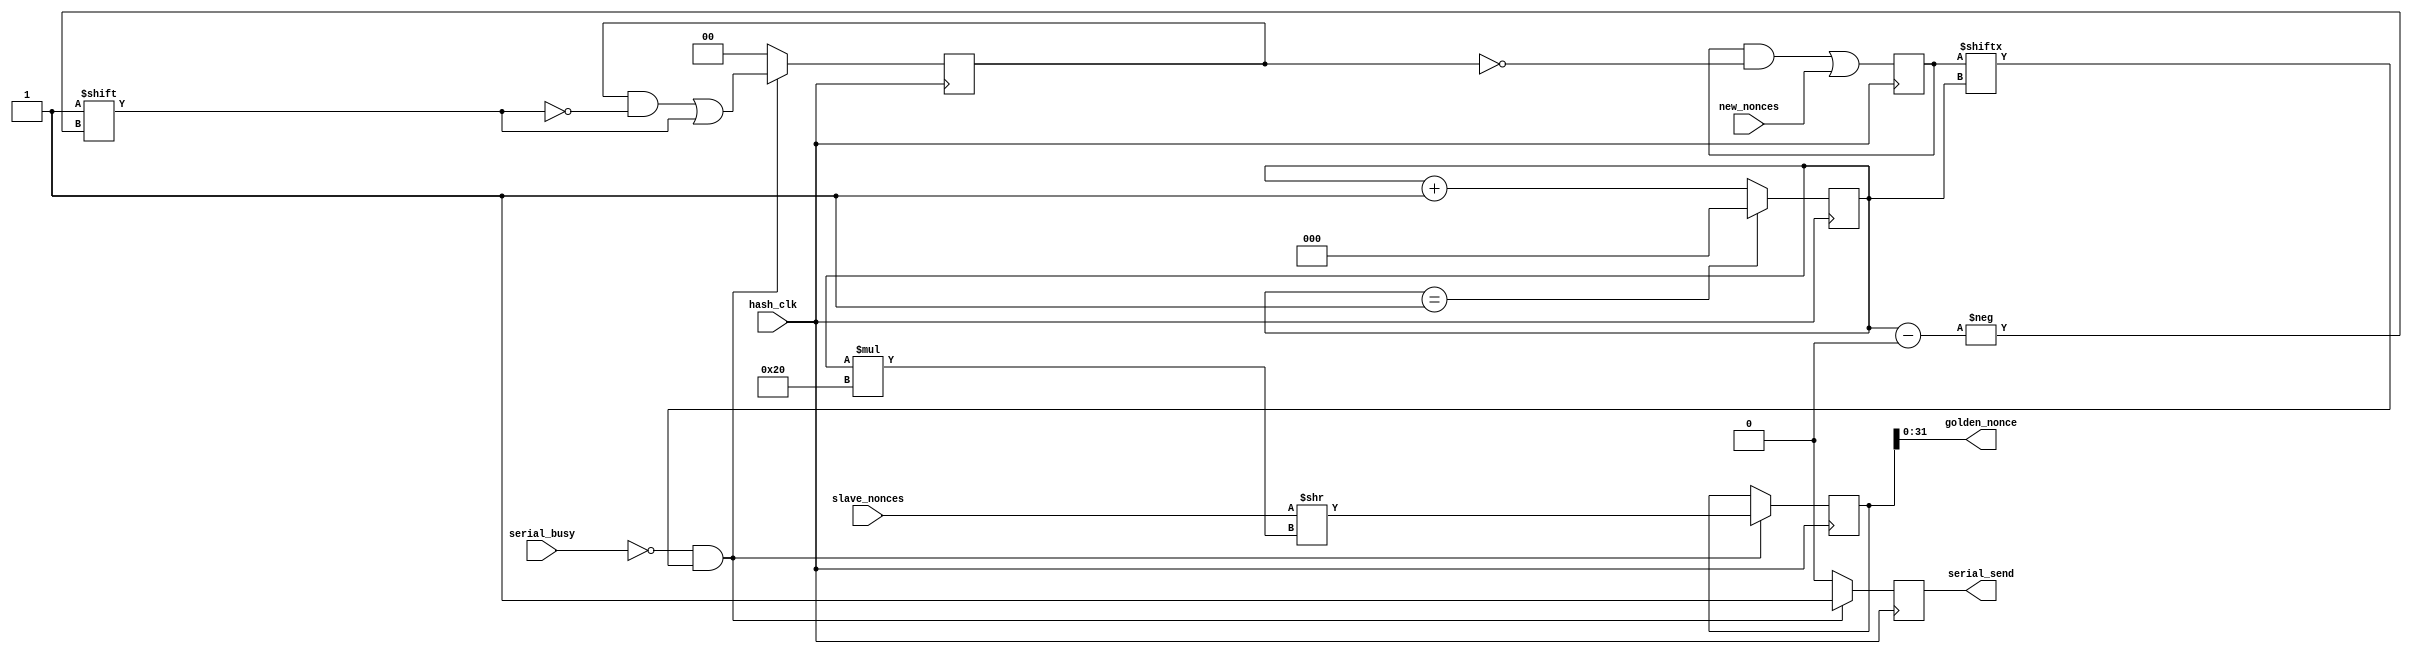
module hub_core (hash_clk, new_nonces, golden_nonce, serial_send, serial_busy, slave_nonces);
   parameter SLAVES = 2;

   input hash_clk;
   
   input [SLAVES-1:0] new_nonces;
   input [SLAVES*32-1:0] slave_nonces;
   output [31:0] 	 golden_nonce;
   output 		 serial_send;
   input 		 serial_busy;

   reg 			 serial_send_reg;
   assign serial_send = serial_send_reg;
  
   // Remember all nonces, even when they come too close together, and
   // send them whenever the uplink is ready
   reg [SLAVES-1:0] 	new_nonces_flag = 0;
   
   // Replace the tedious if-else chain for input ports with a
   // continuously running selector. This may seem slow/inefficient
   // for a large hub, but it is still insanely faster than the serial
   // port we are driving. Also, due to simplicity, it should be more
   // robust for big hubs with fast clocks.
   reg [$clog2(SLAVES)+1:0] port_counter = 0;
   reg [SLAVES*32-1:0] 	    slave_nonces_shifted;
   assign golden_nonce = slave_nonces_shifted[31:0];

   // When sending, mark nonces to be cleared during next clock cycle
   reg [SLAVES-1:0] 	    clear_nonces;
   
   always @(posedge hash_clk)
     begin
	// Raise flags when new nonces appear; lower those that have
	// been sent
	new_nonces_flag <= (new_nonces_flag & ~clear_nonces) | new_nonces;

	if (port_counter == SLAVES-1)
	  port_counter <= 0;
	else
	  port_counter <= port_counter + 1;
	
	// Send results one at a time, mark to be cleared
	if (!serial_busy && new_nonces_flag[port_counter])
	  begin
	     slave_nonces_shifted <= slave_nonces >> port_counter*32;
	     serial_send_reg <= 1;
	     clear_nonces[port_counter] <= 1;
	  end
	else 
	  begin
	     serial_send_reg <= 0;
	     clear_nonces <= 0;
	  end
     end

endmodule // hub_core